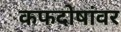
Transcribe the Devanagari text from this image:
कफदोषांवर